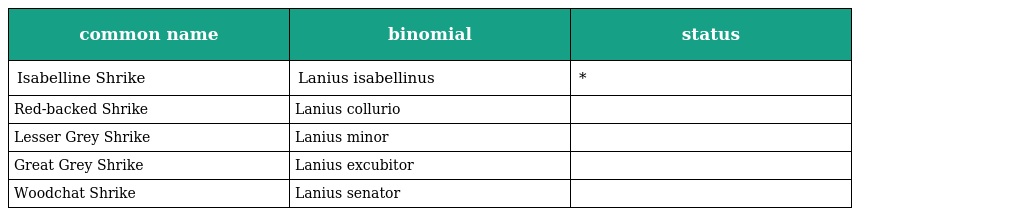
| common name | binomial | status |
 | --- | --- | --- |
 | Isabelline Shrike | Lanius isabellinus | * |
 | Red-backed Shrike | Lanius collurio |  |
 | Lesser Grey Shrike | Lanius minor |  |
 | Great Grey Shrike | Lanius excubitor |  |
 | Woodchat Shrike | Lanius senator |  |